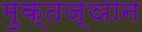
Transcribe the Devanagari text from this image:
मुक्तज्ञान